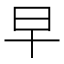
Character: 早